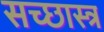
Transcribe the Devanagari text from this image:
सच्छास्त्र